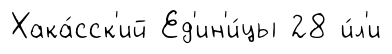
Хака́сск'ий Ед'ин'и́цы 28 и́л'и